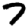
Digit: 7